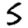
Digit: 5